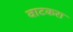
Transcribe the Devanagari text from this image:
वाटकरा